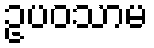
ဥပဝသာမ